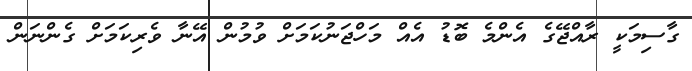
ގާސިމަކީ ރާއްޖޭގެ އެންމެ ބޮޑު އެއް މަހްޖަނުކަމަށް ވުމުން އޭނާ ވެރިކަމަށް ގެންނަން